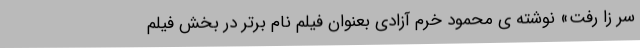
سر زا رفت» نوشته ی محمود خرم آزادی بعنوان فیلم نام برتر در بخش فیلم